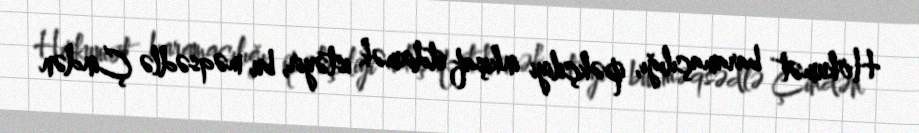
Hökumət baramaçılığı, ipəkçiliyi inkişaf etdirmək istəyir, bu məqsədlə Çindən